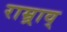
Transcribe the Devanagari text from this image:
राम्र्राव्